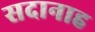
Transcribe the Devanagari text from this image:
सदानाह